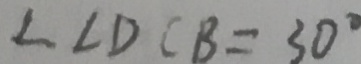
\angle C D C B = 3 0 ^ { \circ }